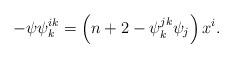
LaTeX: \begin{align*} -\psi \psi^{ik}_{k} = \left( n + 2 - \psi^{jk}_{k} \psi_j \right) x^i. \end{align*}